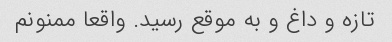
تازه و داغ و به موقع رسید. واقعا ممنونم